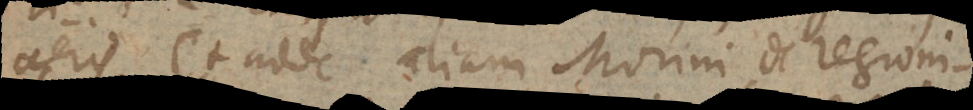
aeris (+ adde aliam Morini de regioni-